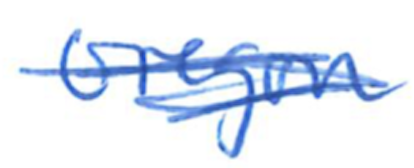
Text: Oregon
Cross-out: scratch
Writing tool: ballpoint